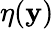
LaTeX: \eta(\mathbf{y})